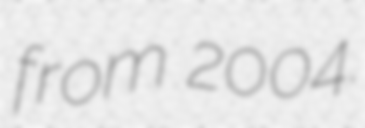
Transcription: from 2004.